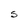
Character: S